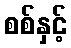
စစ်နှင့်